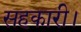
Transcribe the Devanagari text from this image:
सहकारी।